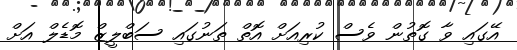
އޭގައި ވާ ގޮތުން ވެސް ކުރިއަށް އޮތް ތަނުގައި ސަބްލީޒް މޮޑެލް އަށް